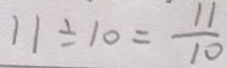
1 1 \div 1 0 = \frac { 1 1 } { 1 0 }